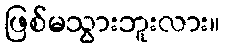
ဖြစ်မသွားဘူးလား။